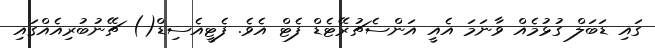
ގައި ޑަބަލް ގުޅުމެއް ވާނަމަ އެއީ އަންސެޗުރޭޓެޑް ފެޓް އެވެ. ފެޓީއެސިޑް() ޗޭނުބުރިއެއްގައި